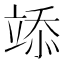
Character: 𥪌